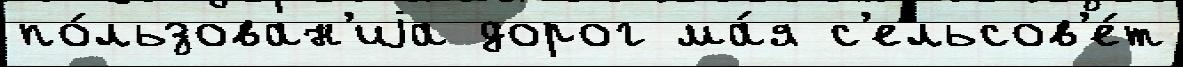
по́льзован'иjа дорог ма́я с'ельсов'е́т